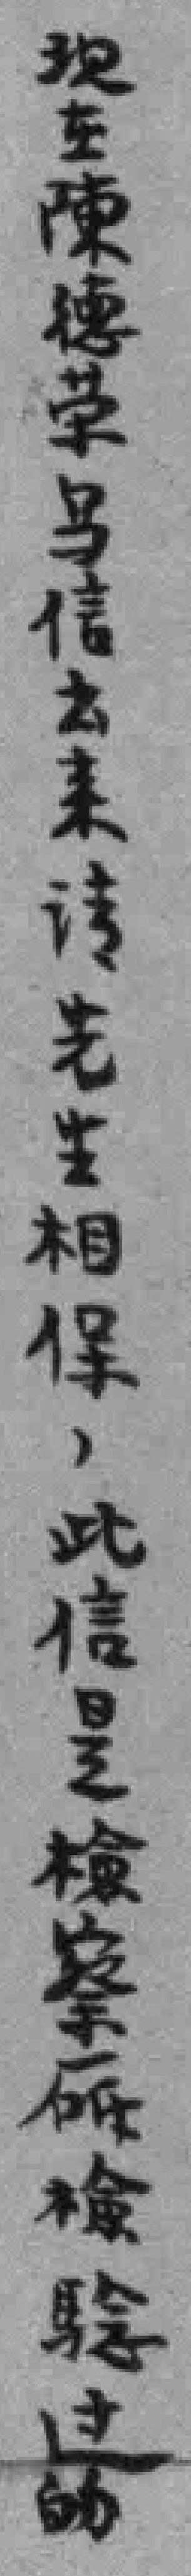
現在陳德荣写信出来请先生相保，此信是檢察廳檢驗过的